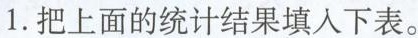
1.把上面的统计结果填入下表。